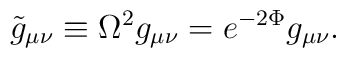
{\tilde g}_{\mu\nu} \equiv \Omega^2 g_{\mu\nu} = e^{-2 \Phi} g_{\mu\nu}.